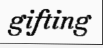
gifting